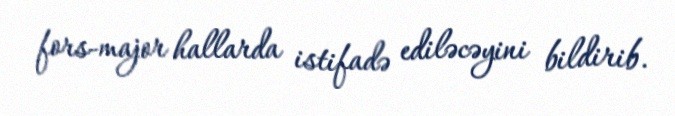
fors-major hallarda istifadə ediləcəyini bildirib.